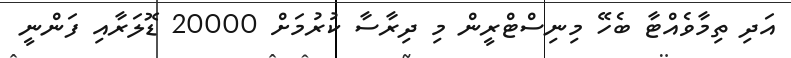
އަދި ތިމާވެއްޓާ ބެހޭ މިނިސްޓްރީން މި ދިރާސާ ކުރުމަށް 20000 ޑޮލަރާއި ފަންނީ